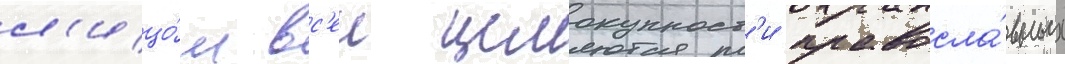
л'ицо́м вс'еи целокупност'и правосла́вных